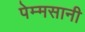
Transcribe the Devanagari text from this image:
पेम्मसानी